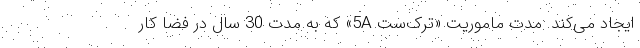
ایجاد می‌کند. مدت ماموریت «ترک‌ست 5A» که به مدت 30 سال در فضا کار